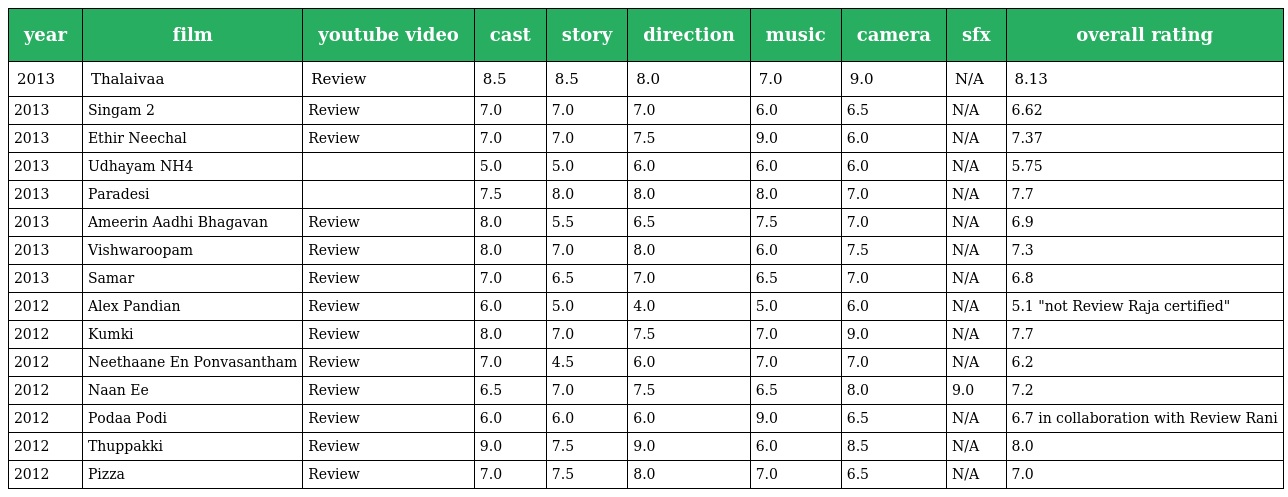
| year | film | youtube video | cast | story | direction | music | camera | sfx | overall rating |
 | --- | --- | --- | --- | --- | --- | --- | --- | --- | --- |
 | 2013 | Thalaivaa | Review | 8.5 | 8.5 | 8.0 | 7.0 | 9.0 | N/A | 8.13 |
 | 2013 | Singam 2 | Review | 7.0 | 7.0 | 7.0 | 6.0 | 6.5 | N/A | 6.62 |
 | 2013 | Ethir Neechal | Review | 7.0 | 7.0 | 7.5 | 9.0 | 6.0 | N/A | 7.37 |
 | 2013 | Udhayam NH4 |  | 5.0 | 5.0 | 6.0 | 6.0 | 6.0 | N/A | 5.75 |
 | 2013 | Paradesi |  | 7.5 | 8.0 | 8.0 | 8.0 | 7.0 | N/A | 7.7 |
 | 2013 | Ameerin Aadhi Bhagavan | Review | 8.0 | 5.5 | 6.5 | 7.5 | 7.0 | N/A | 6.9 |
 | 2013 | Vishwaroopam | Review | 8.0 | 7.0 | 8.0 | 6.0 | 7.5 | N/A | 7.3 |
 | 2013 | Samar | Review | 7.0 | 6.5 | 7.0 | 6.5 | 7.0 | N/A | 6.8 |
 | 2012 | Alex Pandian | Review | 6.0 | 5.0 | 4.0 | 5.0 | 6.0 | N/A | 5.1 "not Review Raja certified" |
 | 2012 | Kumki | Review | 8.0 | 7.0 | 7.5 | 7.0 | 9.0 | N/A | 7.7 |
 | 2012 | Neethaane En Ponvasantham | Review | 7.0 | 4.5 | 6.0 | 7.0 | 7.0 | N/A | 6.2 |
 | 2012 | Naan Ee | Review | 6.5 | 7.0 | 7.5 | 6.5 | 8.0 | 9.0 | 7.2 |
 | 2012 | Podaa Podi | Review | 6.0 | 6.0 | 6.0 | 9.0 | 6.5 | N/A | 6.7 in collaboration with Review Rani |
 | 2012 | Thuppakki | Review | 9.0 | 7.5 | 9.0 | 6.0 | 8.5 | N/A | 8.0 |
 | 2012 | Pizza | Review | 7.0 | 7.5 | 8.0 | 7.0 | 6.5 | N/A | 7.0 |